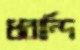
ধরান্দি